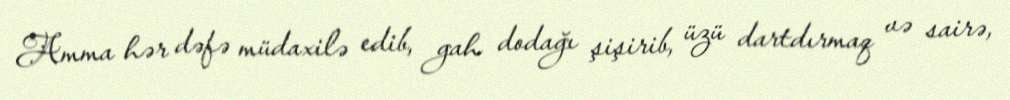
Amma hər dəfə müdaxilə edib, gah dodağı şişirib, üzü dartdırmaq və sairə,